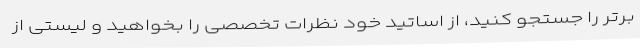
برتر را جستجو کنید، از اساتید خود نظرات تخصصی را بخواهید و لیستی از